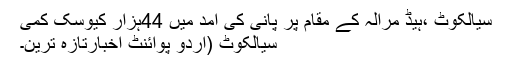
سیالکوٹ ،ہیڈ مرالہ کے مقام پر پانی کی آمد میں 44ہزار کیوسک کمی
سیالکوٹ (اُردو پوائنٹ اخبارتازہ ترین۔